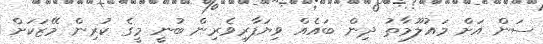
ސަން އަށް މައުލޫމާތު ދިން ބައެއް ވިޔަފާރިވެރިން ބުނީ މީގެ ކުރިން މޭޒަކަށް